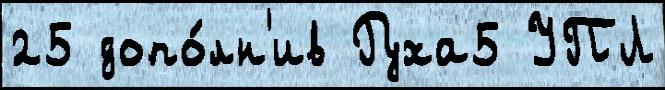
25 допо́лн'ив Руха5 УПЛ